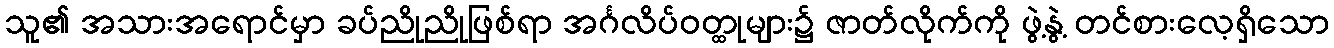
သူ၏ အသားအရောင်မှာ ခပ်ညိုညိုဖြစ်ရာ အင်္ဂလိပ်ဝတ္ထုများ၌ ဇာတ်လိုက်ကို ဖွဲ့နွဲ့ တင်စားလေ့ရှိသော